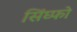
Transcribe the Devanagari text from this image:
सिंघ्फो